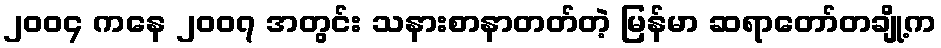
၂၀၀၄ ကနေ ၂၀၀၇ အတွင်း သနားစာနာတတ်တဲ့ မြန်မာ ဆရာတော်တချို့က